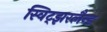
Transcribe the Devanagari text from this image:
स्विट्झरलैन्ड